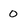
Character: 0